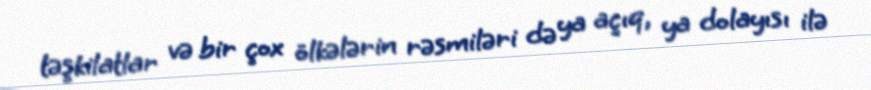
təşkilatlar və bir çox ölkələrin rəsmiləri də ya açıq, ya dolayısı ilə